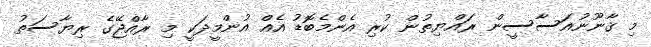
މި ޤާނޫނުއަސާސީން ރައްޔިތުން ކުރި އެންމެބޮޑު އެއް އުންމީދަކީ މި ރާއްޖޭގެ ރިޔާސަތު